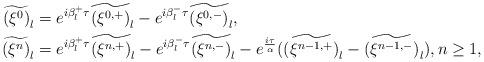
LaTeX: \begin{align*} \widetilde{(\xi^0)}_l & = e^{i\beta_l^+\tau}\widetilde{(\xi^{0,+})}_l - e^{i\beta_l^-\tau}\widetilde{(\xi^{0,-})}_l ,\\\widetilde{(\xi^n)}_l &= e^{i\beta_l^+\tau}\widetilde{(\xi^{n,+})}_l - e^{i\beta_l^-\tau}\widetilde{(\xi^{n,-})}_l - e^{\frac{i\tau}{\alpha}} (\widetilde{(\xi^{n-1,+})}_l - \widetilde{(\xi^{n-1,-})}_l),n\ge 1, \end{align*}